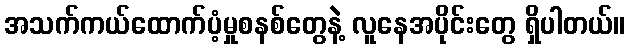
အသက်ကယ်ထောက်ပံ့မှုစနစ်တွေနဲ့ လူနေအပိုင်းတွေ ရှိပါတယ်။